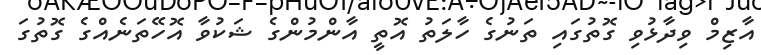
އާޒިމް ވިދާޅުވި ގޮތުގައި ތަނުގެ ހާލަތު އޮތީ އާންމުންގެ ޝަކުވާ އޮހޭތަނެއްގެ ގޮތުގަ